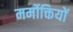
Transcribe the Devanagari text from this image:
मर्मोक्तियों